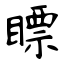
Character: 瞟